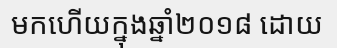
មកហើយក្នុងឆ្នាំ២០១៨ ដោយ